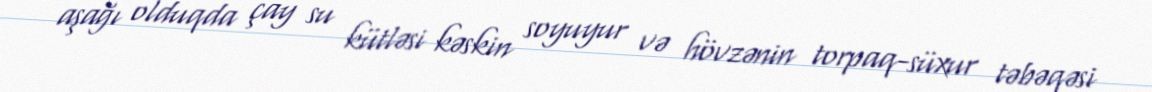
aşağı olduqda çay su kütləsi kəskin soyuyur və hövzənin torpaq-süxur təbəqəsi